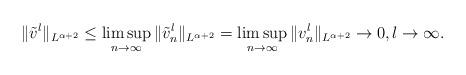
LaTeX: \begin{align*}\|\tilde{v}^l\|_{L^{\alpha+2}} \leq \limsup_{n\rightarrow \infty} \|\tilde{v}^l_n\|_{L^{\alpha+2}} = \limsup_{n\rightarrow \infty} \|v^l_n\|_{L^{\alpha+2}} \rightarrow 0, l \rightarrow \infty. \end{align*}